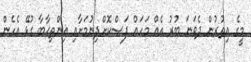
މީގެ އިތުރުން ދެވަނަ ބުރު އެއް މަހައް ފަސްކޮށްދިނުމަށާއި އިންތިޚާބާ ގުޅޭ އެހެން